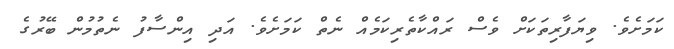
ކަމަށެވެ. ވިޔަފާރިތަކަށް ވެސް ރައްކާތެރިކަމެއް ނެތް ކަމަށެވެ. އަދި އިންސާފު ނެތުމުން ބޭރުގެ